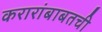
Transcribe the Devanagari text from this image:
करारांबाबतची